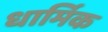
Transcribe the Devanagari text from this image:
धार्मिक